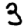
Digit: 3